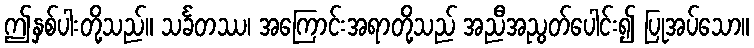
ဤနှစ်ပါးတို့သည်။ သင်္ခတဿ၊ အကြောင်းအရာတို့သည် အညီအညွတ်ပေါင်း၍ ပြုအပ်သော။